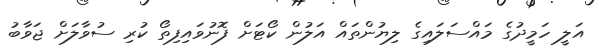
އަލީ ހަމީދުގެ މައްސަލައިގެ ލިޔުންތައް އަލުން ކޯޓަށް ފޮނުވައިފިތޯ ކުރި ސުވާލަށް ޖަވާބު